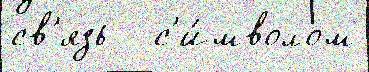
св'язь   с'и́мволом